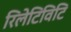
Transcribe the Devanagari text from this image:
रिलेटिविटि